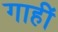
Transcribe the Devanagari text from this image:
गाहीं